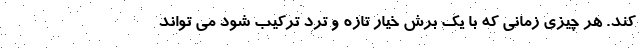
کند. هر چیزی زمانی که با یک برش خیار تازه و ترد ترکیب شود می تواند